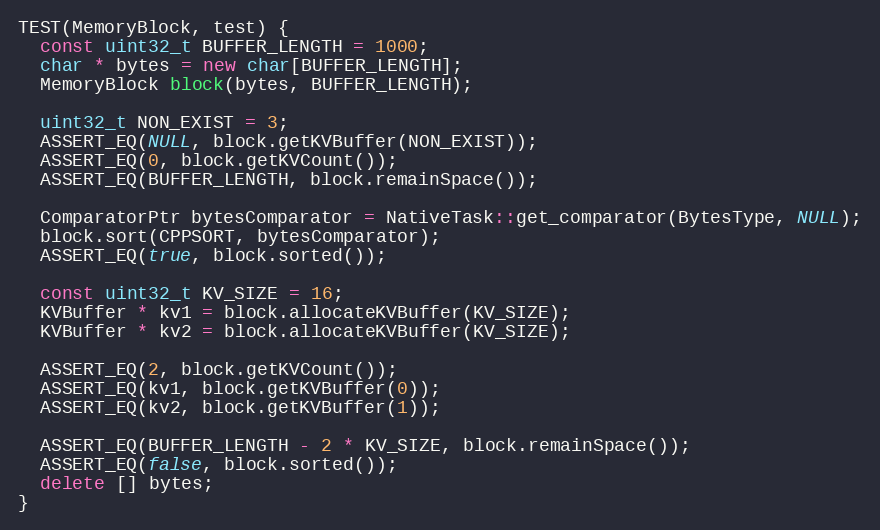
Language: C++
TEST(MemoryBlock, test) {
  const uint32_t BUFFER_LENGTH = 1000;
  char * bytes = new char[BUFFER_LENGTH];
  MemoryBlock block(bytes, BUFFER_LENGTH);

  uint32_t NON_EXIST = 3;
  ASSERT_EQ(NULL, block.getKVBuffer(NON_EXIST));
  ASSERT_EQ(0, block.getKVCount());
  ASSERT_EQ(BUFFER_LENGTH, block.remainSpace());

  ComparatorPtr bytesComparator = NativeTask::get_comparator(BytesType, NULL);
  block.sort(CPPSORT, bytesComparator);
  ASSERT_EQ(true, block.sorted());

  const uint32_t KV_SIZE = 16;
  KVBuffer * kv1 = block.allocateKVBuffer(KV_SIZE);
  KVBuffer * kv2 = block.allocateKVBuffer(KV_SIZE);

  ASSERT_EQ(2, block.getKVCount());
  ASSERT_EQ(kv1, block.getKVBuffer(0));
  ASSERT_EQ(kv2, block.getKVBuffer(1));

  ASSERT_EQ(BUFFER_LENGTH - 2 * KV_SIZE, block.remainSpace());
  ASSERT_EQ(false, block.sorted());
  delete [] bytes;
}